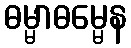
ဓမ္မာဓမ္မေန